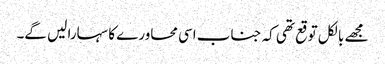
مجھے بالکل توقع تھی کہ جناب اسی محاورے کا سہارا لیں گے۔